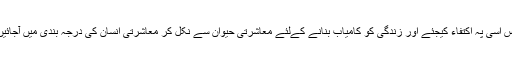
بس اسی پہ اکتفاء کیجئے اور زندگی کو کامیاب بنانے کےلئے معاشرتی حیوان سے نکل کر معاشرتی انسان کی درجہ بندی میں آجائیں۔